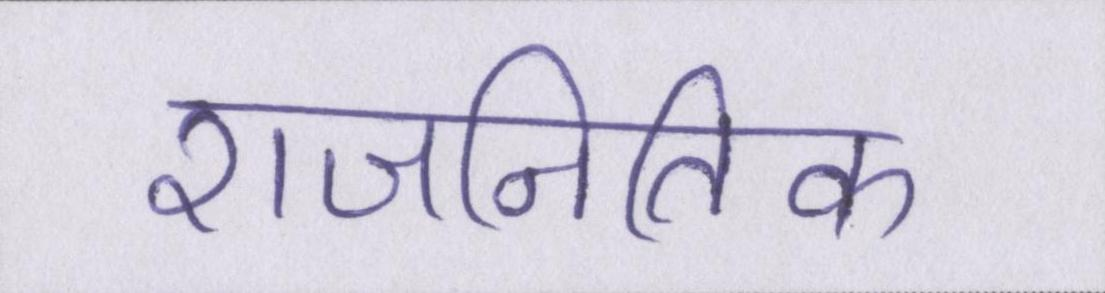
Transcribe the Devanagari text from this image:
राजनितिक